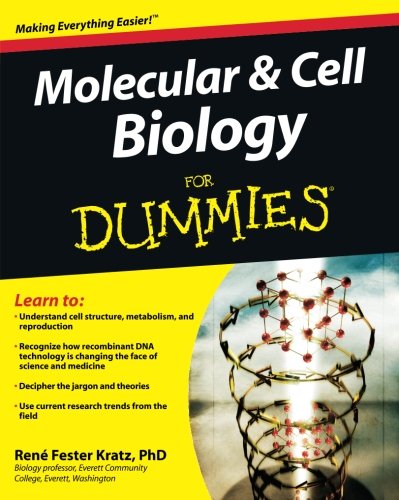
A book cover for Molecular and Cell Biology For Dummies; RenÃ© Fester Kratz; Medical Books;